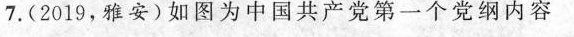
7.(2019，雅安)如图为中国共产党第一个党纲内容